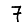
Digit: 7